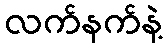
လက်နက်နဲ့